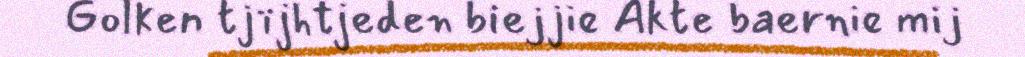
Golken tjïjhtjeden biejjie Akte baernie mij